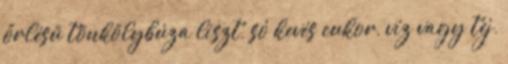
őrlésű tönkölybúza liszt, só kevés cukor, víz vagy tej,